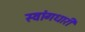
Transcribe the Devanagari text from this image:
स्वांगधारी